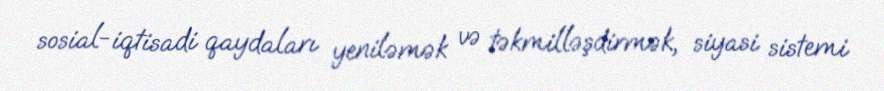
sosial-iqtisadi qaydaları yeniləmək və təkmilləşdirmək, siyasi sistemi